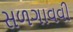
સળગાવવી